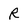
Character: R